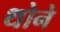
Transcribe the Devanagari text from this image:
थोने